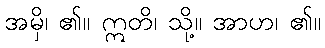
အမှိ၊ ၏။ ဣတိ၊ သို့။ အာဟ၊ ၏။